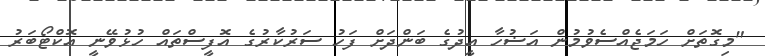
"މިގޮތަށް ހަމަޖެއްސެވުމުން އަޟުހާ އީދުގެ ބަންދަށް ފަހު ސަރުކާރުގެ އޮފީސްތައް ހުޅުވޭނީ އޮކްޓޯބަރު